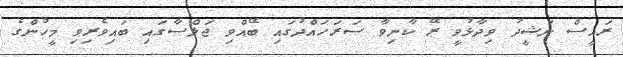
ރައީސް ނަޝީދު ވިދާޅުވީ ރޭ ކާނިވާ ސަރަހައްދުގައި ބޭއްވި ޖަލްސާގައި ބައިވެރިވި މީހުންގެ